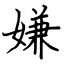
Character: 嫌